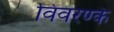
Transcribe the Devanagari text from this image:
विवरण्के